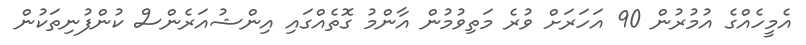
އެމީހެއްގެ އުމުރުން 90 އަހަރަށް ވުރެ މަތިވުމުން އާންމު ގޮތެއްގައި އިންޝުއަރެންސް ކުންފުނިތަކުން